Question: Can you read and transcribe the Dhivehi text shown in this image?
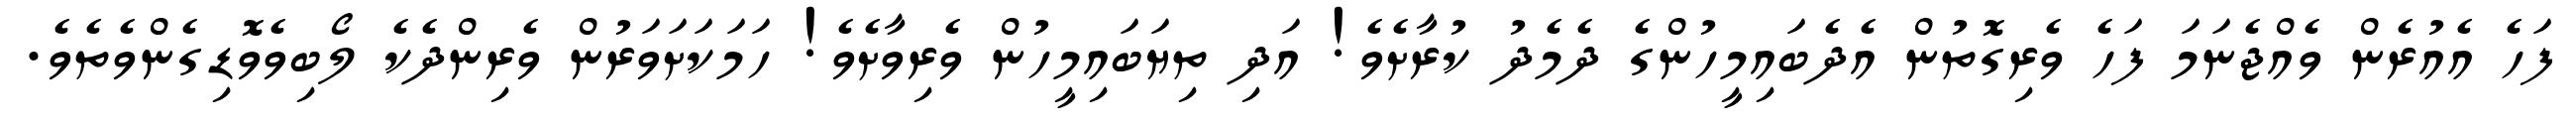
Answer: ފަހެ އެއުރެން ވެއްޖެނަމަ ފަހެ ވެރިގޮތުން އެދެބައިމީހުންގެ ދެމެދު ކުރާށެވެ! އަދި ތިޔަބައިމީހުން ވެރިވާށެވެ! ހަމަކަށަވަރުން ވެރިންދެކެ ލޯބިވެވޮޑިގެންވެތެވެ.